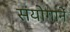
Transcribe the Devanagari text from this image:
संयोगानें